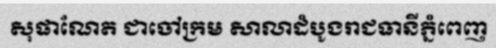
សុផាណែត ជាចៅក្រម សាលាដំបូងរាជធានីភ្នំពេញ